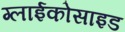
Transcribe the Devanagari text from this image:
ग्लाईकोसाइड